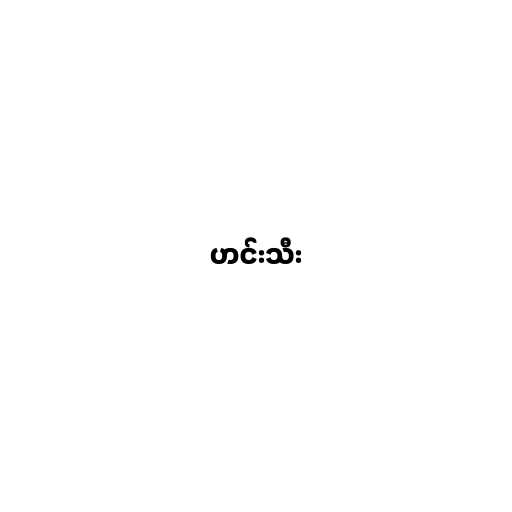
ဟင်းသီး